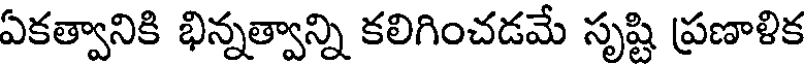
ఏకత్వానికి భిన్నత్వాన్ని కలిగించడమే సృష్టి ప్రణాళిక